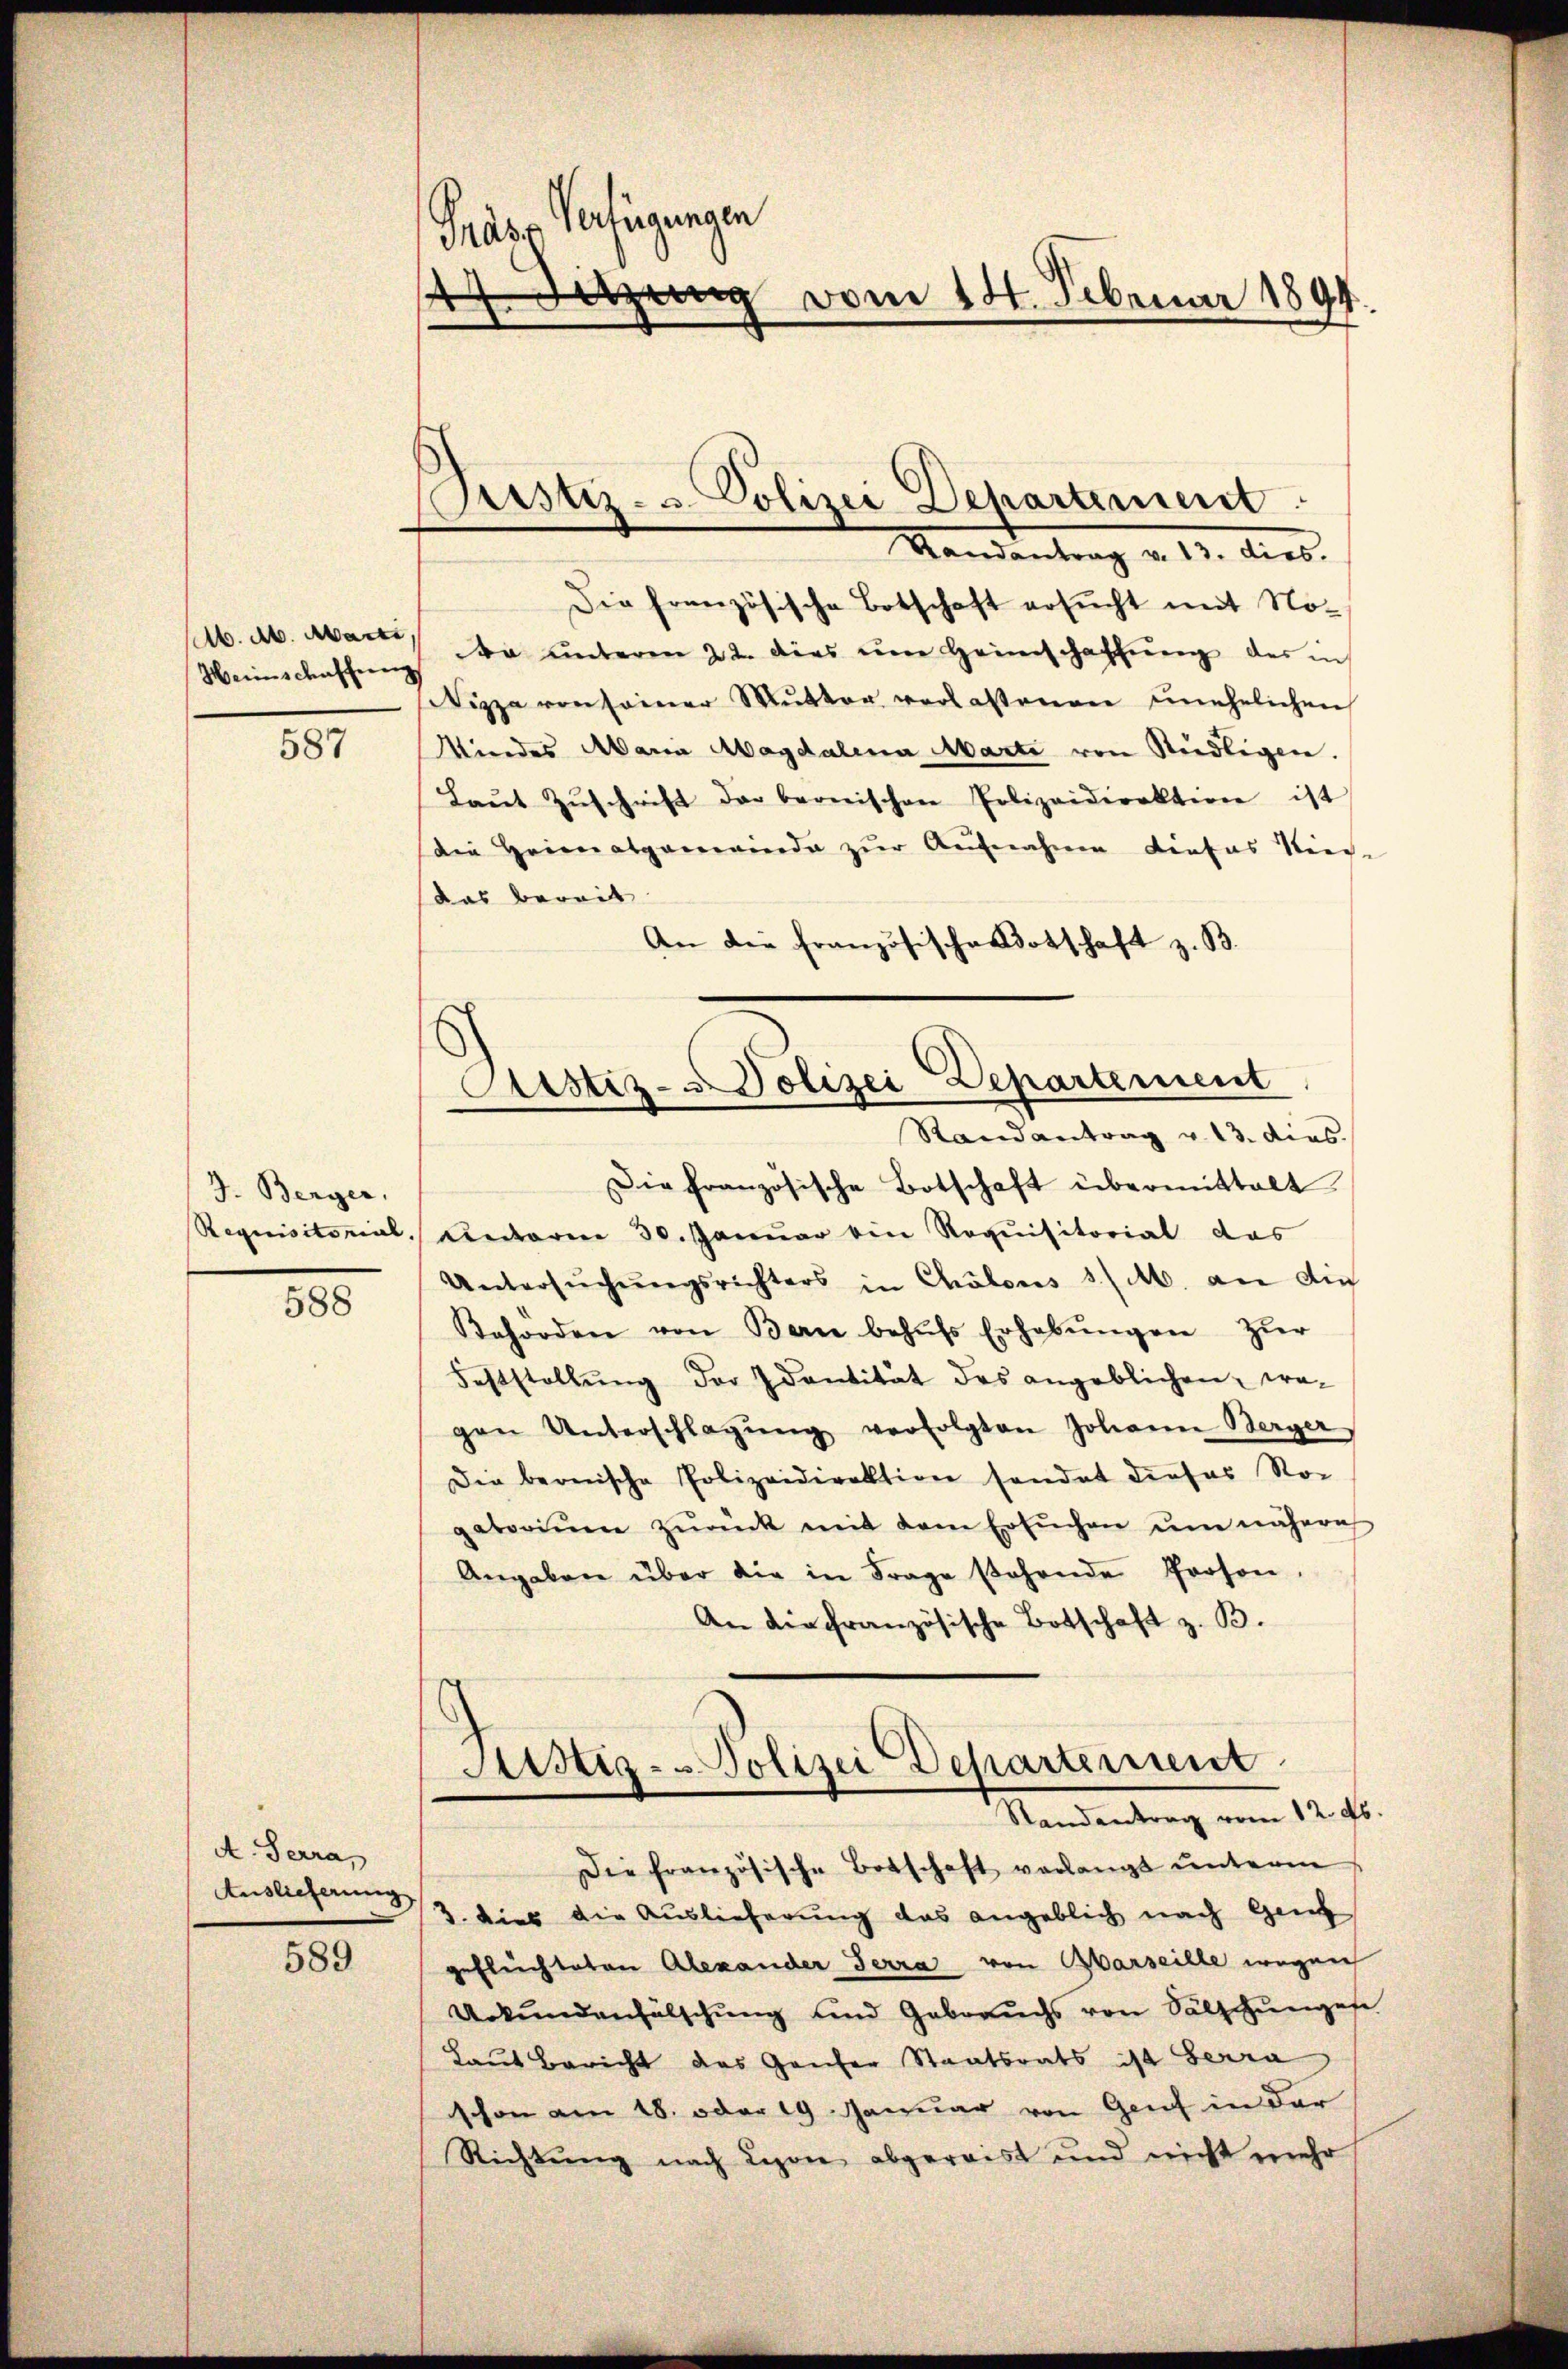
M. M. Marti,

587

J. Berger,
Requisitorial,

588

A. Terra,

589

Präses Verfügungen
d
 Sitzung vom 14. Februar 1894.

Die französische Botschaft ersucht mit No¬
Weinschaffung da unteren 22. dies im Heimschaffŭng der in
Nizza von seiner Mŭtter verlassenen ŭnehelichen
Mindes Maria Magdalena Marte von Sudligen.
Laŭt Zŭschrift der bernischen Polizeidirektione ist
die Heimalgarwiede zur Aufnahme dieses Niede
das bereit
An die französische dotschaft z. B.

ustiz- u. Polizei Departement
Randantrag v. 13. dies.

s
Sistiz-Polizei Departement
Randantrag v. 13. dies.

Die französische Botschaft übermittelt
unterm 30. Januar ein Requisitorial das
Untersŭchŭngsrichters in Chölous 3 /M. an die
Reforden von Bern behŭfs Erhebŭngen zŭr
Feststellŭng der Identität des angeblichen, wo-
gen Unterschlagŭng verfolgten Johann Berger
Die bernische Polizeidirektion handet dieses Roc
gatoriŭm zŭrück mit dem Ersŭchen ŭm nähere
Angaben über die in Frage stehende Person,
An die Französische Botschaft z. B.

Arsiz-Polizei Departement
Standentrag vom 12. ds.

Die französische Botschaft verlangt unterm
Auslicher 2. dies die Auslieferung das angeblich nach Genf
geflechteten Alexander Terra von Barseille wegen
Urkundenhälschung und Gebrauchs von Sälschungen
Laut Bericht das Gaufer Staatsrats ist erra
schon am 18. oder 19. Januar von Genf in der
Richtŭng nach Leon abgereist und nicht mehr